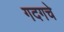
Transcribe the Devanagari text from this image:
गदगचे